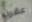
عقرب